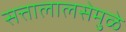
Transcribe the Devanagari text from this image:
सत्तालालसेमुळे